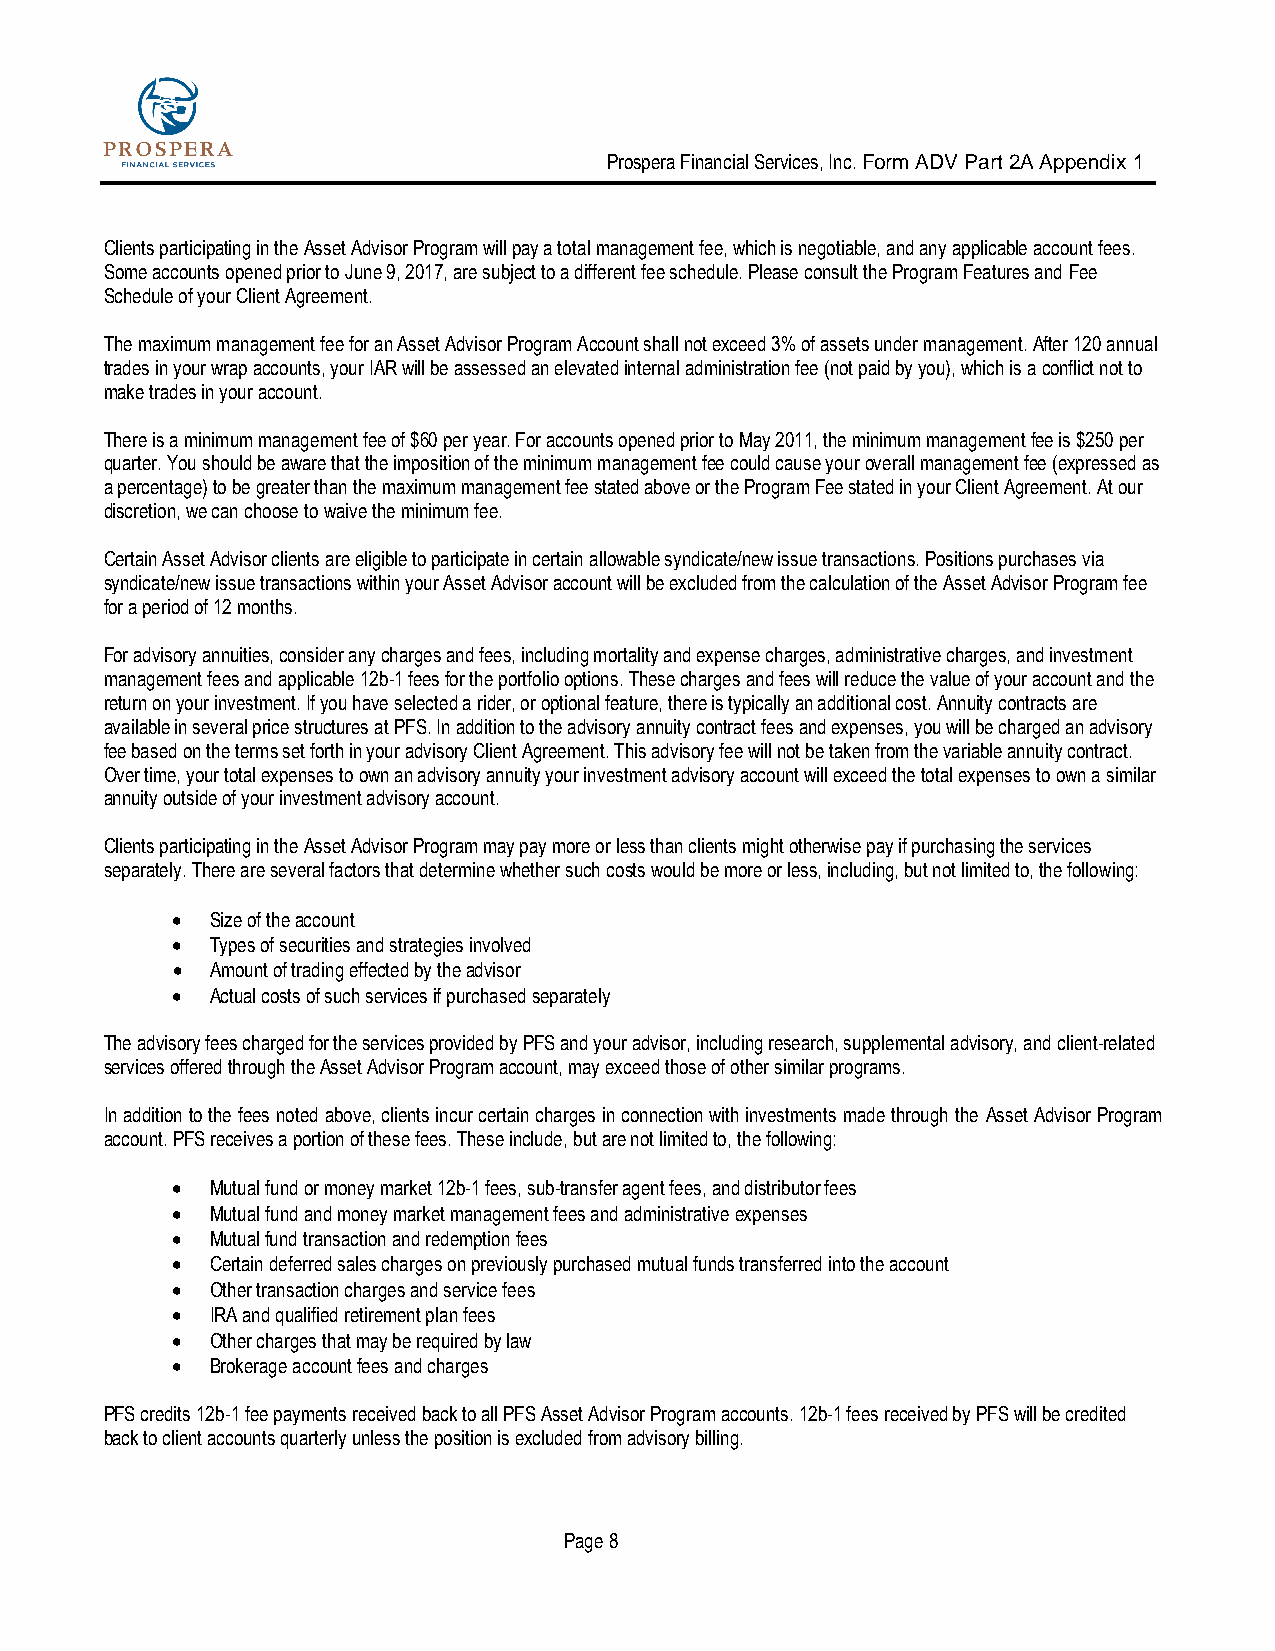
Prospera Financial Services, Inc. Form ADV Part 2A Appendix 1
 Clients participating in the Asset Advisor Program will pay a total management fee, which is negotiable, and any applicable account fees.
 Some accounts opened prior to June 9, 2017, are subject to a different fee schedule. Please consult the Program Features and Fee
 Schedule of your Client Agreement.
 The maximum management fee for an Asset Advisor Program Account shall not exceed 3% of assets under management. After 120 annual
 trades in your wrap accounts, your IAR will be assessed an elevated internal administration fee (not paid by you), which is a conflict not to
 make trades in your account.
 There is a minimum management fee of $60 per year. For accounts opened prior to May 2011, the minimum management fee is $250 per
 quarter. You should be aware that the imposition of the minimum management fee could cause your overall management fee (expressed as
 a percentage) to be greater than the maximum management fee stated above or the Program Fee stated in your Client Agreement. At our
 discretion, we can choose to waive the minimum fee.
 Certain Asset Advisor clients are eligible to participate in certain allowable syndicate/new issue transactions. Positions purchases via
 syndicate/new issue transactions within your Asset Advisor account will be excluded from the calculation of the Asset Advisor Program fee
 for a period of 12 months.
 For advisory annuities, consider any charges and fees, including mortality and expense charges, administrative charges, and investment
 management fees and applicable 12b-1 fees for the portfolio options. These charges and fees will reduce the value of your account and the
 return on your investment. If you have selected a rider, or optional feature, there is typically an additional cost. Annuity contracts are
 available in several price structures at PFS. In addition to the advisory annuity contract fees and expenses, you will be charged an advisory
 fee based on the terms set forth in your advisory Client Agreement. This advisory fee will not be taken from the variable annuity contract.
 Over time, your total expenses to own an advisory annuity your investment advisory account will exceed the total expenses to own a similar
 annuity outside of your investment advisory account.
 Clients participating in the Asset Advisor Program may pay more or less than clients might otherwise pay if purchasing the services
 separately. There are several factors that determine whether such costs would be more or less, including, but not limited to, the following:
 •  Size of the account
 •  Types of securities and strategies involved
 •  Amount of trading effected by the advisor
 •  Actual costs of such services if purchased separately
 The advisory fees charged for the services provided by PFS and your advisor, including research, supplemental advisory, and client-related
 services offered through the Asset Advisor Program account, may exceed those of other similar programs.
 In addition to the fees noted above, clients incur certain charges in connection with investments made through the Asset Advisor Program
 account. PFS receives a portion of these fees. These include, but are not limited to, the following:
 •  Mutual fund or money market 12b-1 fees, sub-transfer agent fees, and distributor fees
 •  Mutual fund and money market management fees and administrative expenses
 •  Mutual fund transaction and redemption fees
 •  Certain deferred sales charges on previously purchased mutual funds transferred into the account
 •  Other transaction charges and service fees
 •  IRA and qualified retirement plan fees
 •  Other charges that may be required by law
 •  Brokerage account fees and charges
 PFS credits 12b-1 fee payments received back to all PFS Asset Advisor Program accounts. 12b-1 fees received by PFS will be credited
 back to client accounts quarterly unless the position is excluded from advisory billing.
 Page 8